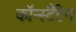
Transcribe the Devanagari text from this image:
कॉन्स्टैंटेन